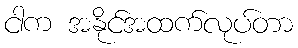
ငါက အနိုင်အထက်လုပ်တာ